Leaving Certificate Examination (including Day School Certificate (Higher) General paper), 1926
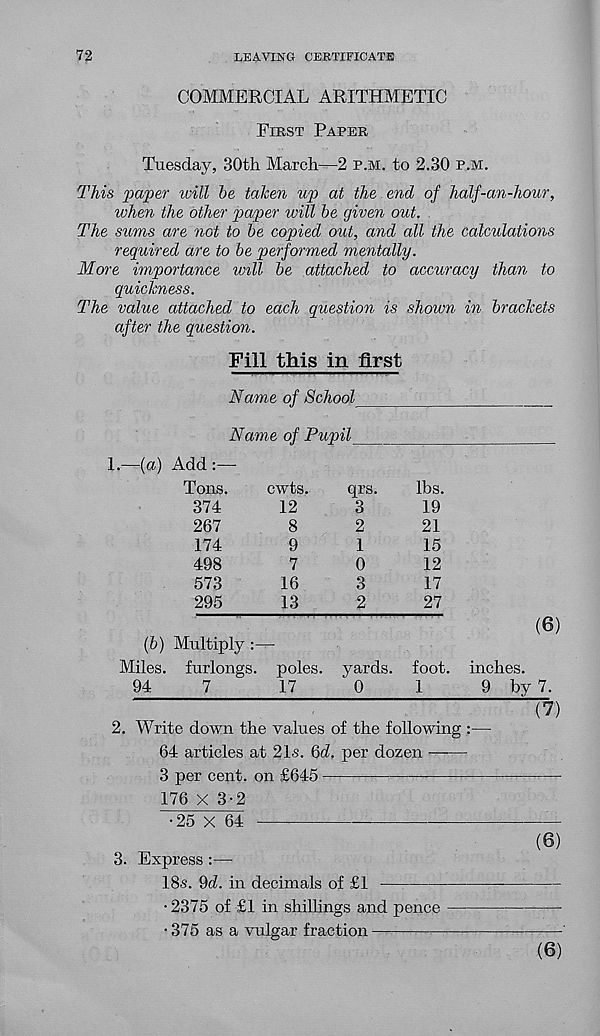
72
LEAVING CERTIFICATE
COMMERCIAL ARITHMETIC
First Paper
Tuesday, 30th March—2 p.m. to 2.30 p.m.
This paper will be taken up at the end of half-an-hour,
when the other paper will be given out.
The sums are not to be copied out, and all the calculations
required are to be performed mentally.
More importance will be attached to accuracy than to
quickness.
The value attached to each question is shown in brackets
after the question.
Fill this in first
Name of School
Name of Pupil
1.—{a) Add :—
Tons.
cwts.
qrs.
lbs.
374
12
3
19
267
8
2
21
174
9
1
15
498
7
0
12
573
16
3
17
295
13
2
27
(6)
{b) Multiply :—
Miles, furlongs, poles, yards, foot, inches.
94
7
17
0
1
9 by 7.
2. Write down the values of the following:
64 articles at 21s. 6d. per dozen —-—
3 per cent, on £645
176 X 3-2
•25 X 64
(7)
(6)
3. Express :—
18s. 9d. in decimals of £1
•2375 of £1 in shillings and pence
• 375 as a vulgar fraction
(6)